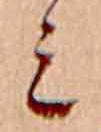
ミ